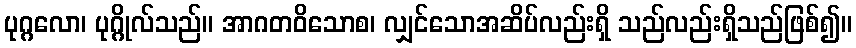
ပုဂ္ဂလော၊ ပုဂ္ဂိုလ်သည်။ အာဂတဝိသောစ၊ လျှင်သောအဆိပ်လည်းရှိ သည်လည်းရှိသည်ဖြစ်၍။